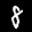
Label: 8